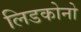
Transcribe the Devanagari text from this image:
लिडकोनो